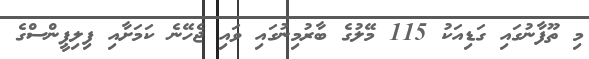
މި ތޫފާނުގައި ގަޑިއަކު 115 މޭލުގެ ބާރުމިނުގައި ވައި ޖެހޭނެ ކަމަށާއި ފިލިޕީންސްގެ